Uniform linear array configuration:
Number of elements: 16
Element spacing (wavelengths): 0.25
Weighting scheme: cosine
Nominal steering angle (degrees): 30
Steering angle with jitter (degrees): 28.957
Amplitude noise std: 0.05
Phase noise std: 0.05

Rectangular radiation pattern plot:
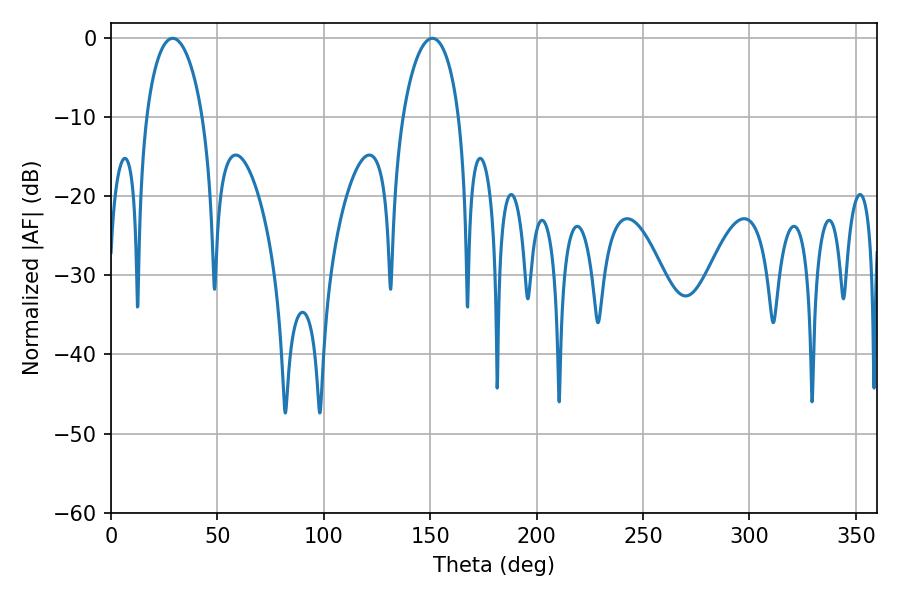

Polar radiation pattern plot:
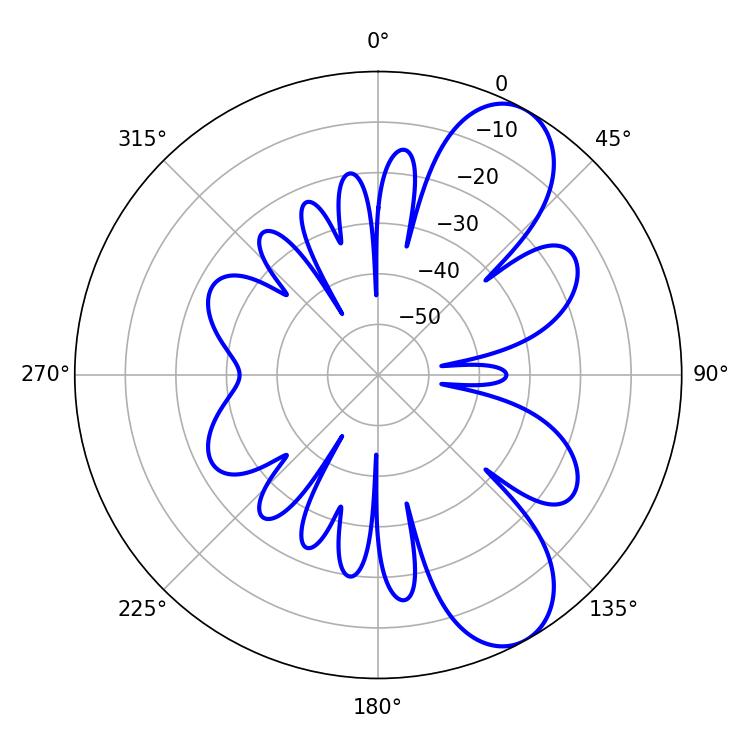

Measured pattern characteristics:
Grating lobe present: FALSE
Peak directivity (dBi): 8.558
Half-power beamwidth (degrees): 15.12
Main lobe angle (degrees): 28.98